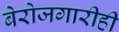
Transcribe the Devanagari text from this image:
बेरोजगारीही